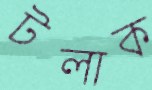
টলাক